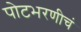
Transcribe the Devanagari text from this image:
पोटभरणीचं